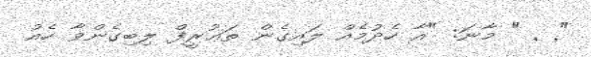
"